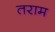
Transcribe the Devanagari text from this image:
तराम